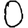
Digit: 0